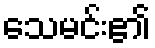
သေမင်း၏